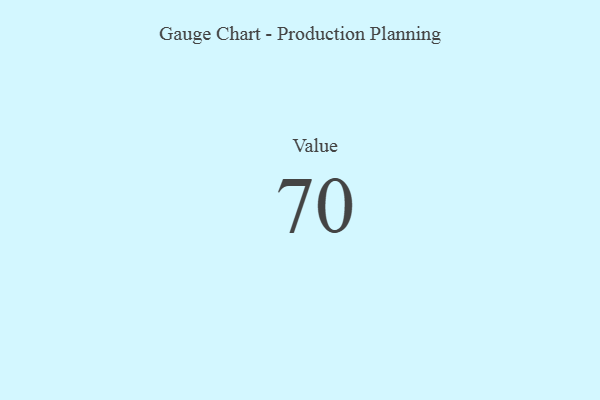
{"axis": {"x": "Metric", "y": "Value"}, "legend": [""], "data": [{"x": "Value", "y": 70, "type": ""}]}